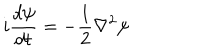
LaTeX: i \frac { d \psi } { d t } = - \frac { 1 } { 2 } \nabla ^ { 2 } \psi